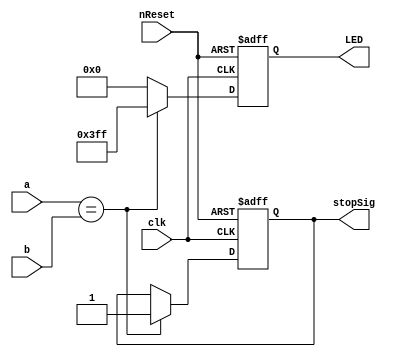
module comparison(a, b, clk, nReset, LED, stopSig);

	input [11:0]a, b;
	input clk, nReset;
	output reg [9:0]LED=0;
	output reg stopSig=0;
	
	always@(posedge clk, negedge nReset)
		begin
			if(~nReset)
				begin
					LED=0;
					stopSig=0;
				end
				
			else
				begin
					if(a==b)
						begin
							LED=10'b1111111111;
							stopSig=1;
						end
					
					else LED=0;
				end
			
		end

endmodule